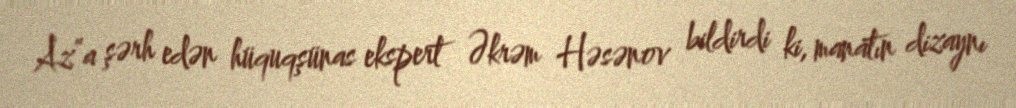
Az”a şərh edən hüquqşünas ekspert Əkrəm Həsənov bildirdi ki, manatın dizaynı